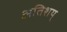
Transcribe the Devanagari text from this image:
अतिशय्